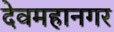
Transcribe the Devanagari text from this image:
देवमहानगर